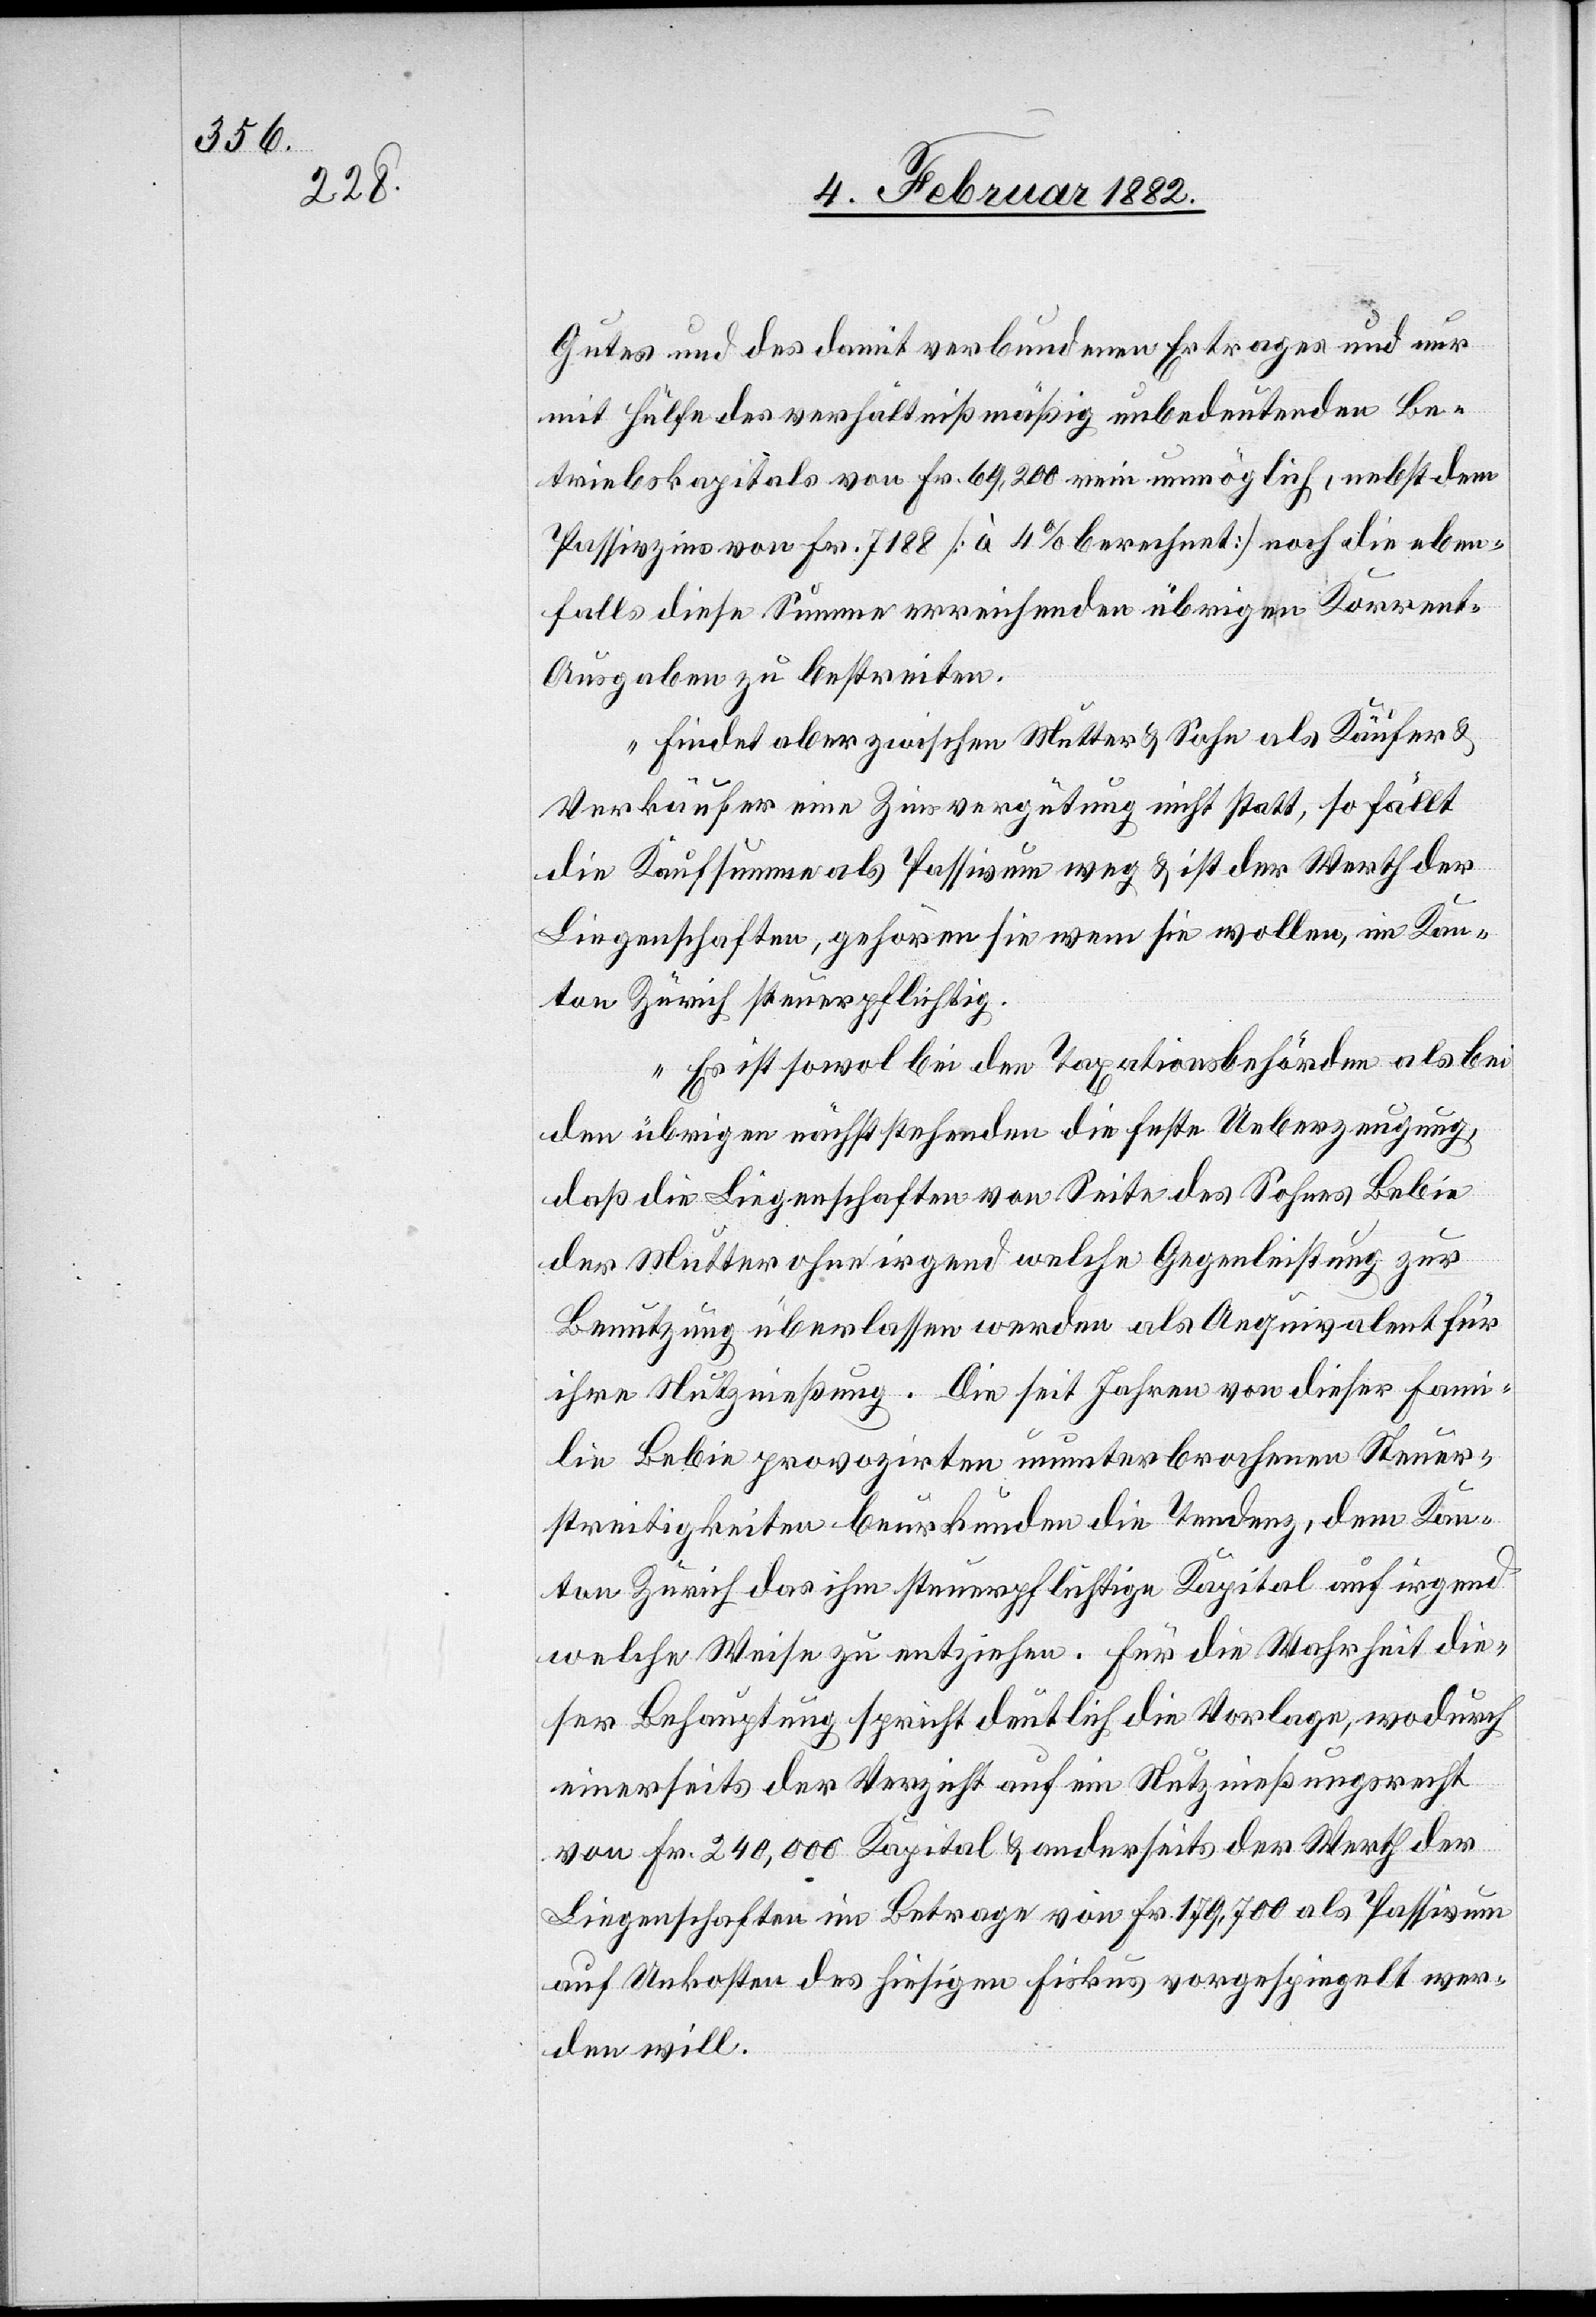
Gutes und des damit verbundenen Ertrages und nur
mit Hülfe des verhältnißmäßig unbedeutenden Be¬
triebskapitals von Fr. 69,200 unmöglich, nebst dem
Passivzins von Fr. 7188 [à 4% berechnet] noch die eben¬
falls diese Summe erreichenden übrigen Korrent-A¬
usgaben zu bestreiten.
Findet aber zwischen Mutter & Sohn als Käufer &
Verkäufer eine Zinsvergütung nicht statt, so fällt
die Kaufsumme als Passiv nun weg & ist der Werth der
Liegenschaft, gehören sie wenn sie wollen, im Kan¬
ton Zürich steuerpflichtig.
Es ist sowol bei den Taxationsbehörden als bei
den übrigen nächststehenden die feste Ueberzeugung,
daß die Liegenschaft von Seite des Sohnes Lebin
der Mutter ohne irgend welche Gegenleistung zur
Benutzung überlassen werde als Aequivalent für
ihre Nutznießung. Die seit Jahren von dieser Fami¬
lie Lebin provozirten ununterbrochenen Steuer¬
streitigkeiten beurkunden die Tendenz, dem Kan¬
ton Zürich das ihm steuerpflichtige Kapital auf irgend
welche Weise zu entziehen. Für die Wahrheit die¬
ser Behauptung spricht deutlich die Vorlage, wodurch
einerseits der Verzicht auf ein Nutznießungsrecht
von Fr. 240,000 Kapital & anderseits der Werth der
Liegenschaften im Betrage von Fr. 179,700 als Passivum
auf Unkosten des hieseitigen Fiskus vorgespiegelt wer¬
den will.